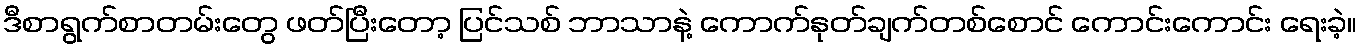
ဒီစာရွက်စာတမ်းတွေ ဖတ်ပြီးတော့ ပြင်သစ် ဘာသာနဲ့ ကောက်နုတ်ချက်တစ်စောင် ကောင်းကောင်း ရေးခဲ့။